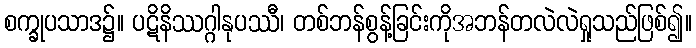
စက္ခုပသာဒ၌။ ပဋိနိဿဂ္ဂါနုပဿီ၊ တစ်ဘန်စွန့်ခြင်းကိုအဘန်တလဲလဲရှုသည်ဖြစ်၍။